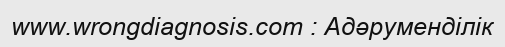
www.wrongdiagnosis.com : Адәруменділік